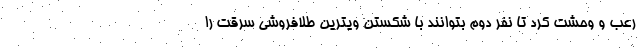
رعب و وحشت کرد تا نفر دوم بتوانند با شکستن ویترین طلافروشی سرقت را